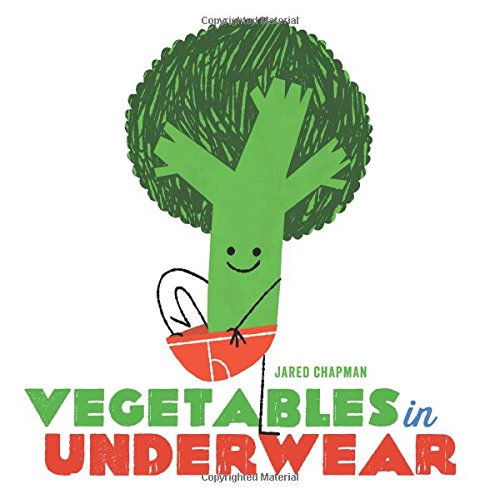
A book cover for Vegetables in Underwear; Jared Chapman; Children's Books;